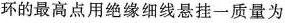
环的最高点用绝缘细线悬挂一质量为